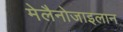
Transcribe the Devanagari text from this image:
मेलैनोजाइलान